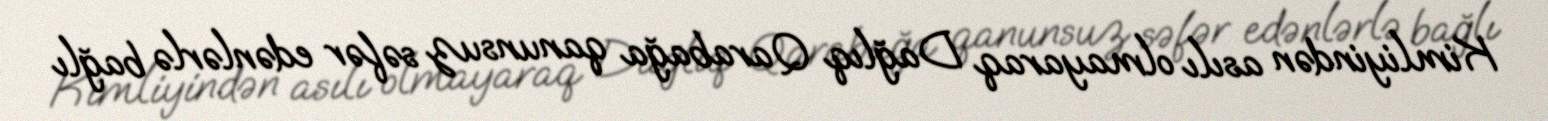
Kimliyindən asılı olmayaraq Dağlıq Qarabağa qanunsuz səfər edənlərlə bağlı